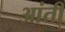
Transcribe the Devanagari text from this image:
आंती